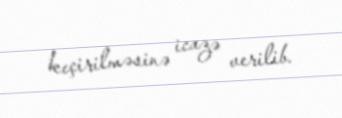
keçirilməsinə icazə verilib.